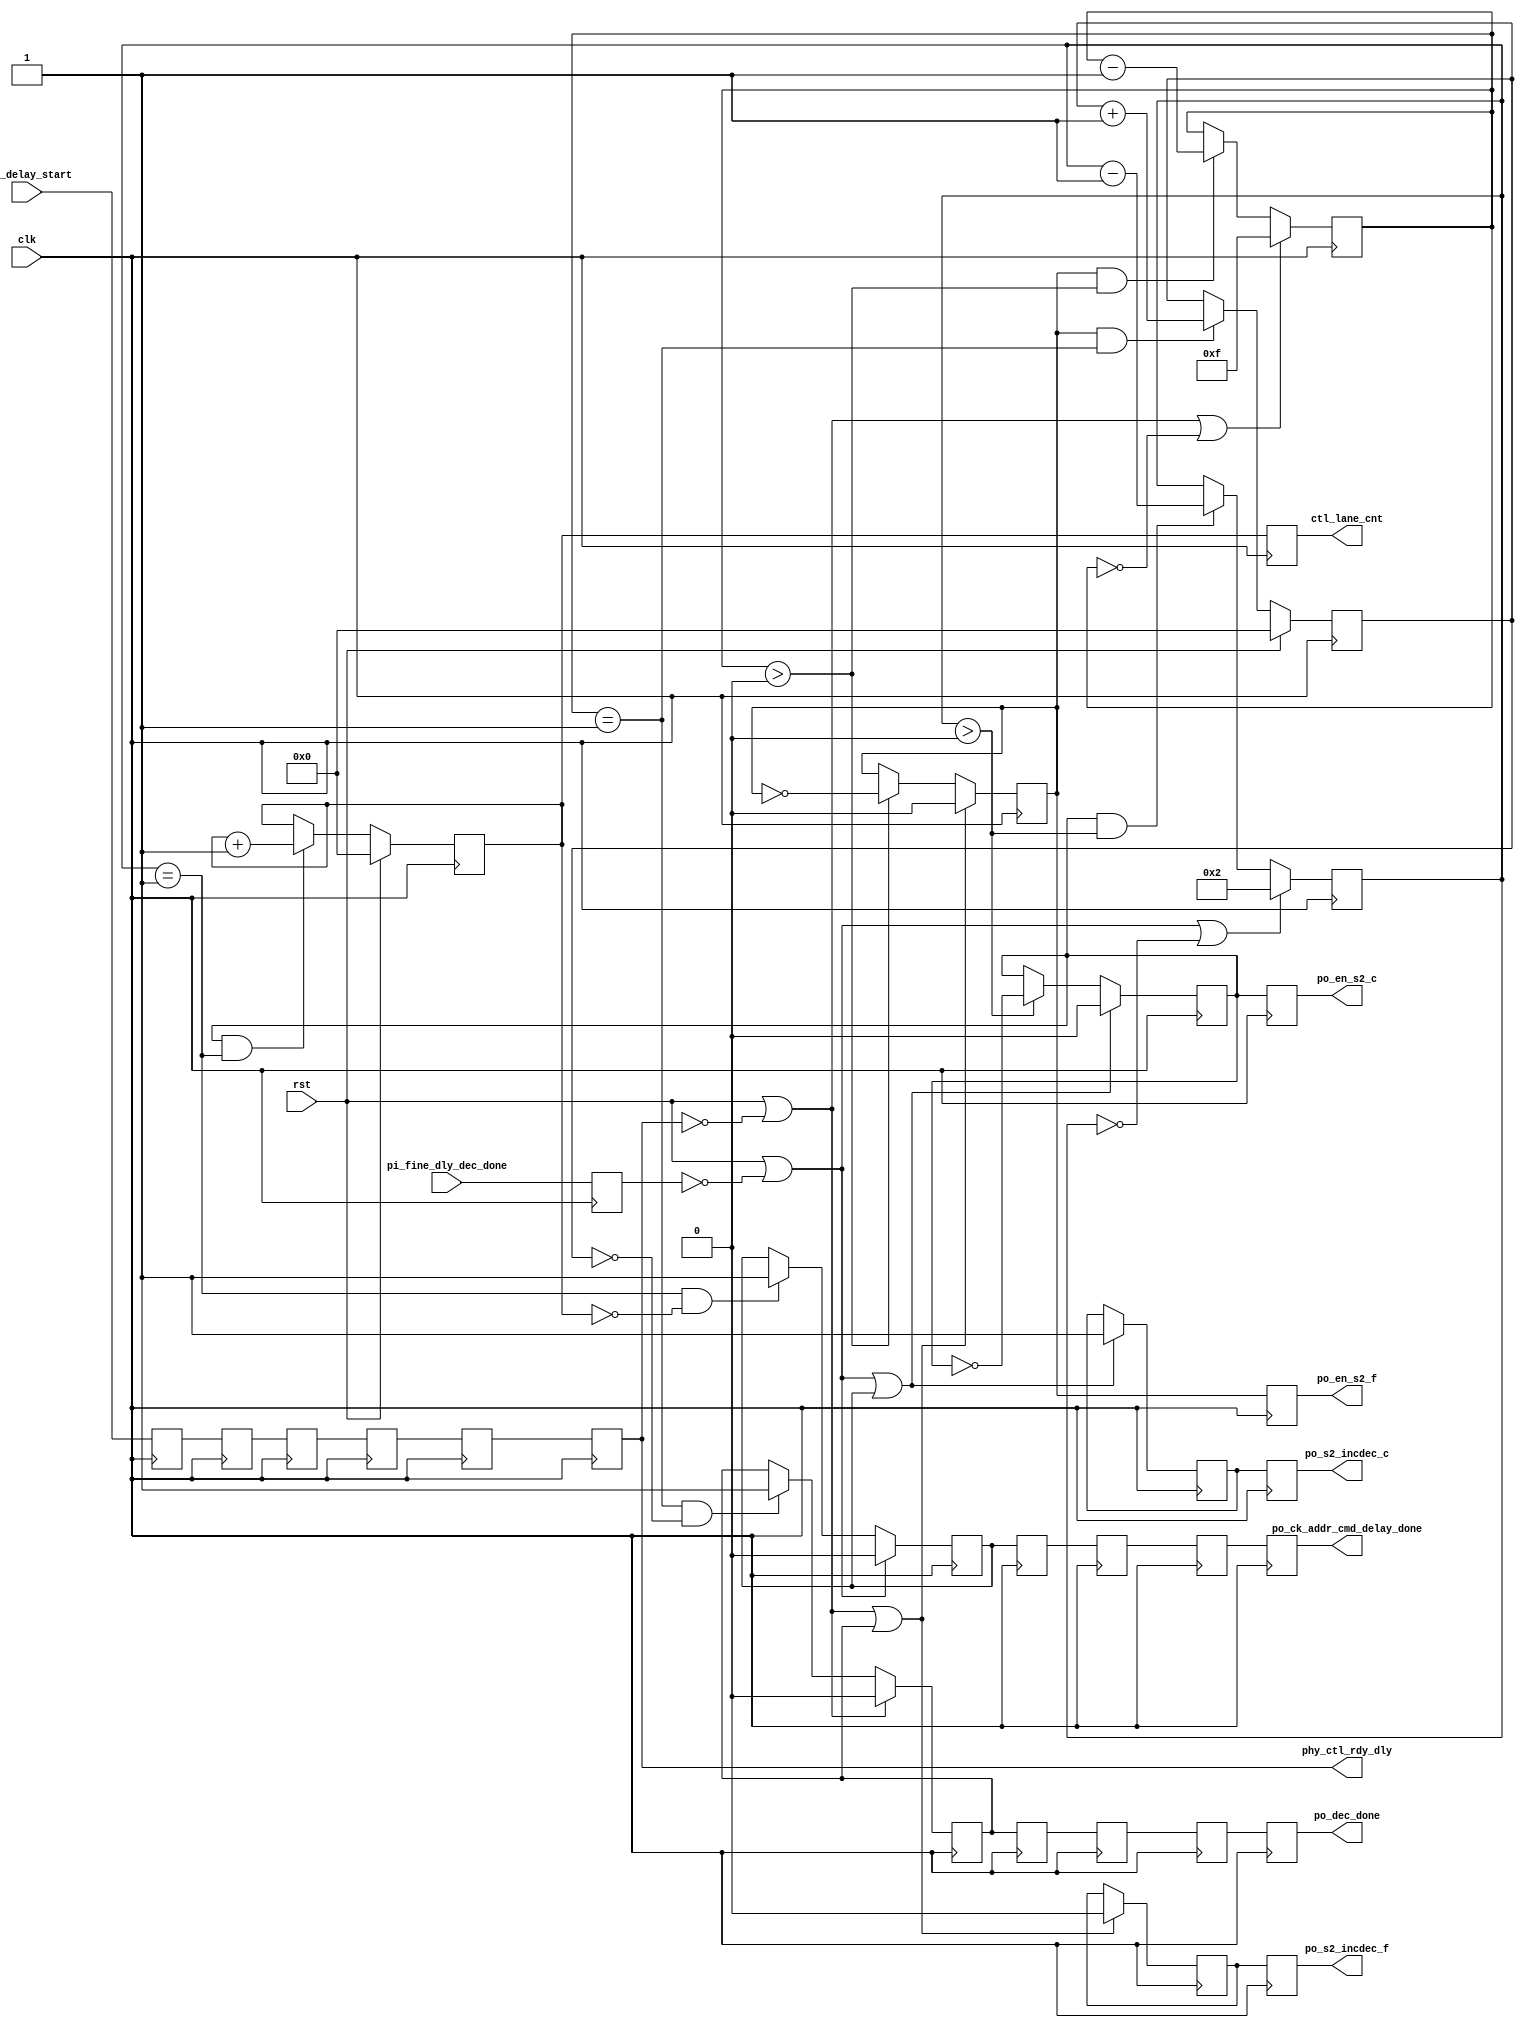
//*****************************************************************************
// (c) Copyright 2009 - 2013 Xilinx, Inc. All rights reserved.
//
// This file contains confidential and proprietary information
// of Xilinx, Inc. and is protected under U.S. and
// international copyright and other intellectual property
// laws.
//
// DISCLAIMER
// This disclaimer is not a license and does not grant any
// rights to the materials distributed herewith. Except as
// otherwise provided in a valid license issued to you by
// Xilinx, and to the maximum extent permitted by applicable
// law: (1) THESE MATERIALS ARE MADE AVAILABLE "AS IS" AND
// WITH ALL FAULTS, AND XILINX HEREBY DISCLAIMS ALL WARRANTIES
// AND CONDITIONS, EXPRESS, IMPLIED, OR STATUTORY, INCLUDING
// BUT NOT LIMITED TO WARRANTIES OF MERCHANTABILITY, NON-
// INFRINGEMENT, OR FITNESS FOR ANY PARTICULAR PURPOSE; and
// (2) Xilinx shall not be liable (whether in contract or tort,
// including negligence, or under any other theory of
// liability) for any loss or damage of any kind or nature
// related to, arising under or in connection with these
// materials, including for any direct, or any indirect,
// special, incidental, or consequential loss or damage
// (including loss of data, profits, goodwill, or any type of
// loss or damage suffered as a result of any action brought
// by a third party) even if such damage or loss was
// reasonably foreseeable or Xilinx had been advised of the
// possibility of the same.
//
// CRITICAL APPLICATIONS
// Xilinx products are not designed or intended to be fail-
// safe, or for use in any application requiring fail-safe
// performance, such as life-support or safety devices or
// systems, Class III medical devices, nuclear facilities,
// applications related to the deployment of airbags, or any
// other applications that could lead to death, personal
// injury, or severe property or environmental damage
// (individually and collectively, "Critical
// Applications"). Customer assumes the sole risk and
// liability of any use of Xilinx products in Critical
// Applications, subject only to applicable laws and
// regulations governing limitations on product liability.
//
// THIS COPYRIGHT NOTICE AND DISCLAIMER MUST BE RETAINED AS
// PART OF THIS FILE AT ALL TIMES.
//
//*****************************************************************************
//   ____  ____
//  /   /\/   /
// /___/  \  /    Vendor: Xilinx
// \   \   \/     Version: %version
//  \   \         Application: MIG
//  /   /         Filename: ddr_phy_ck_addr_cmd_delay.v
// /___/   /\     Date Last Modified: $Date: 2011/02/25 02:07:40 $
// \   \  /  \    Date Created: Aug 03 2009
//  \___\/\___\
//
//Device: 7 Series
//Design Name: DDR3 SDRAM
//Purpose: Module to decrement initial PO delay to 0 and add 1/4 tck for tdqss
//Reference:
//Revision History:
//*****************************************************************************

`timescale 1ps/1ps

module mig_7series_v4_2_ddr_phy_wrlvl_off_delay #
  (
   parameter TCQ           = 100,
   parameter tCK           = 3636,
   parameter nCK_PER_CLK   = 2,
   parameter CLK_PERIOD    = 4,
   parameter PO_INITIAL_DLY= 46,
   parameter DQS_CNT_WIDTH = 3,
   parameter DQS_WIDTH     = 8,
   parameter N_CTL_LANES   = 3
   )
  (
   input                        clk,
   input                        rst,
   input                        pi_fine_dly_dec_done,
   input                        cmd_delay_start,
   // Control lane being shifted using Phaser_Out fine delay taps
   output reg [DQS_CNT_WIDTH:0] ctl_lane_cnt,
   // Inc/dec Phaser_Out fine delay line
   output reg                   po_s2_incdec_f,
   output reg                   po_en_s2_f,
   // Inc/dec Phaser_Out coarse delay line
   output reg                   po_s2_incdec_c,
   output reg                   po_en_s2_c,
   // Completed adjusting delays for dq, dqs for tdqss
   output                      po_ck_addr_cmd_delay_done,
   // completed decrementing initialPO delays
   output                      po_dec_done,
   output                      phy_ctl_rdy_dly
   );


  localparam TAP_LIMIT = 63;



// PO fine delay tap resolution change by frequency. tCK > 2500, need
// twice the amount of taps
//  localparam D_DLY_F = (tCK > 2500 ) ? D_DLY * 2 : D_DLY;

 // coarse delay tap is added DQ/DQS to meet the TDQSS specification.
 //localparam TDQSS_DLY = (tCK > 2500 )? 2: 1;
 localparam TDQSS_DLY = 2; // DIV2 change

   reg       delay_done;
   reg       delay_done_r1;
   reg       delay_done_r2;
   reg       delay_done_r3;
   reg       delay_done_r4;
   reg [5:0] po_delay_cnt_r;
   reg       po_cnt_inc;
   reg       cmd_delay_start_r1;
   reg       cmd_delay_start_r2;
   reg       cmd_delay_start_r3;
   reg       cmd_delay_start_r4;
   reg       cmd_delay_start_r5;
   reg       cmd_delay_start_r6;
   reg       po_delay_done;
   reg       po_delay_done_r1;
   reg       po_delay_done_r2;
   reg       po_delay_done_r3;
   reg       po_delay_done_r4;
   reg       pi_fine_dly_dec_done_r;
   reg       po_en_stg2_c;
   reg       po_en_stg2_f;
   reg       po_stg2_incdec_c;
   reg       po_stg2_f_incdec;
   reg [DQS_CNT_WIDTH:0] lane_cnt_dqs_c_r;
   reg [DQS_CNT_WIDTH:0] lane_cnt_po_r;
   reg [5:0]         delay_cnt_r;

   always @(posedge clk) begin
      cmd_delay_start_r1     <= #TCQ cmd_delay_start;
      cmd_delay_start_r2     <= #TCQ cmd_delay_start_r1;
      cmd_delay_start_r3     <= #TCQ cmd_delay_start_r2;
      cmd_delay_start_r4     <= #TCQ cmd_delay_start_r3;
      cmd_delay_start_r5     <= #TCQ cmd_delay_start_r4;
      cmd_delay_start_r6     <= #TCQ cmd_delay_start_r5;
      pi_fine_dly_dec_done_r <= #TCQ pi_fine_dly_dec_done;
    end

   assign phy_ctl_rdy_dly  = cmd_delay_start_r6;


  // logic for decrementing initial fine delay taps for all PO
  // Decrement done for add, ctrl and data phaser outs

  assign po_dec_done = (PO_INITIAL_DLY == 0) ? 1 : po_delay_done_r4;


  always @(posedge clk)
    if (rst || ~cmd_delay_start_r6 || po_delay_done) begin
      po_stg2_f_incdec  <= #TCQ 1'b0;
      po_en_stg2_f    <= #TCQ 1'b0;
    end else if (po_delay_cnt_r > 6'd0) begin
      po_en_stg2_f    <= #TCQ ~po_en_stg2_f;
    end

  always @(posedge clk)
    if (rst || ~cmd_delay_start_r6 || (po_delay_cnt_r == 6'd0))
      // set all the PO delays to 31. Decrement from 46 to 31.
      // Requirement comes from dqs_found logic
      po_delay_cnt_r  <= #TCQ (PO_INITIAL_DLY - 31);
    else if ( po_en_stg2_f && (po_delay_cnt_r > 6'd0))
      po_delay_cnt_r  <= #TCQ po_delay_cnt_r - 1;

  always @(posedge clk)
    if (rst)
      lane_cnt_po_r  <= #TCQ 'd0;
    else if ( po_en_stg2_f  && (po_delay_cnt_r == 6'd1))
      lane_cnt_po_r  <= #TCQ lane_cnt_po_r + 1;

  always @(posedge clk)
    if (rst || ~cmd_delay_start_r6 )
      po_delay_done    <= #TCQ 1'b0;
    else if ((po_delay_cnt_r == 6'd1) && (lane_cnt_po_r ==1'b0))
      po_delay_done    <= #TCQ 1'b1;

  always @(posedge clk) begin
    po_delay_done_r1 <= #TCQ po_delay_done;
    po_delay_done_r2 <= #TCQ po_delay_done_r1;
    po_delay_done_r3 <= #TCQ po_delay_done_r2;
    po_delay_done_r4 <= #TCQ po_delay_done_r3;
  end

  // logic to select between all PO delays and data path delay.
  always @(posedge clk) begin
    po_s2_incdec_f <= #TCQ po_stg2_f_incdec;
    po_en_s2_f <= #TCQ po_en_stg2_f;
  end

// Logic to add 1/4 taps amount of delay to data path for tdqss.
// After all the initial PO delays are decremented the 1/4 delay will
// be added. Coarse delay taps will be added here .
// Delay added only to data path

   assign po_ck_addr_cmd_delay_done = (TDQSS_DLY == 0) ? pi_fine_dly_dec_done_r
                                     : delay_done_r4;

  always @(posedge clk)
    if (rst || ~pi_fine_dly_dec_done_r || delay_done) begin
      po_stg2_incdec_c   <= #TCQ 1'b1;
      po_en_stg2_c    <= #TCQ 1'b0;
    end else if (delay_cnt_r > 6'd0) begin
      po_en_stg2_c    <= #TCQ ~po_en_stg2_c;
    end

  always @(posedge clk)
    if (rst || ~pi_fine_dly_dec_done_r || (delay_cnt_r == 6'd0))
     delay_cnt_r  <= #TCQ TDQSS_DLY;
    else if ( po_en_stg2_c && (delay_cnt_r > 6'd0))
      delay_cnt_r  <= #TCQ delay_cnt_r - 1;

  always @(posedge clk)
    if (rst)
      lane_cnt_dqs_c_r  <= #TCQ 'd0;
    else if ( po_en_stg2_c && (delay_cnt_r == 6'd1))
      lane_cnt_dqs_c_r  <= #TCQ lane_cnt_dqs_c_r + 1;

  always @(posedge clk)
    if (rst || ~pi_fine_dly_dec_done_r)
      delay_done    <= #TCQ 1'b0;
    else if ((delay_cnt_r == 6'd1) && (lane_cnt_dqs_c_r == 1'b0))
      delay_done    <= #TCQ 1'b1;


   always @(posedge clk) begin
     delay_done_r1 <= #TCQ delay_done;
     delay_done_r2 <= #TCQ delay_done_r1;
     delay_done_r3 <= #TCQ delay_done_r2;
     delay_done_r4 <= #TCQ delay_done_r3;
   end

  always @(posedge clk) begin
    po_s2_incdec_c <= #TCQ po_stg2_incdec_c;
    po_en_s2_c <= #TCQ po_en_stg2_c;
    ctl_lane_cnt <= #TCQ lane_cnt_dqs_c_r;
  end

endmodule